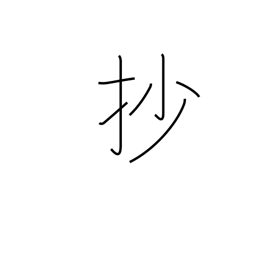
Meaning: summary